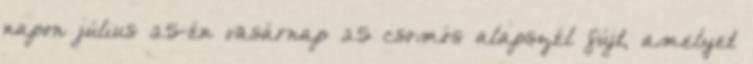
napon július 25-én vasárnap 25 csomós alapszél fújt, amelyet